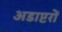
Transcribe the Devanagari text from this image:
अडाप्टरों